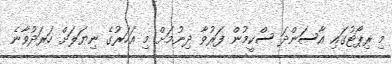
މި ރިޕޯޓުގައި އާސަންދަ ސްކީމުން ފަރުވާ ދިނުމަށް މި އަހަރުގެ ނިޔަލަށް ހަރަދުވާނެ